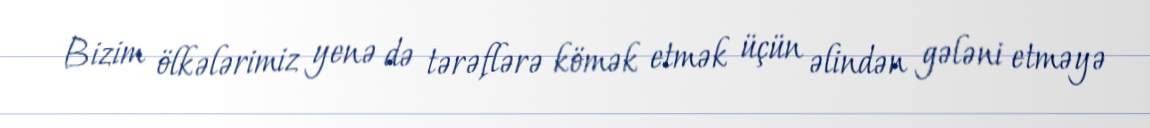
Bizim ölkələrimiz yenə də tərəflərə kömək etmək üçün əlindən gələni etməyə